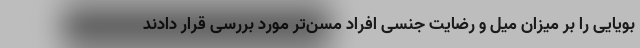
بویایی را بر میزان میل و رضایت جنسی افراد مسن‌تر مورد بررسی قرار دادند